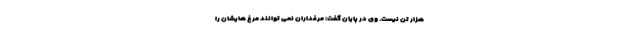
هزار تن نیست. وی در پایان گفت: مرغداران نمی توانند مرغ هایشان را